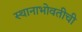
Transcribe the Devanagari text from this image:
स्थानाभोवतीची